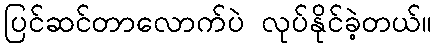
ပြင်ဆင်တာလောက်ပဲ လုပ်နိုင်ခဲ့တယ်။